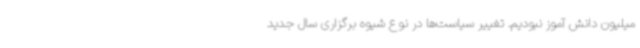
میلیون دانش آموز نبودیم. تغییر سیاست‌ها در نوع شیوه برگزاری سال جدید